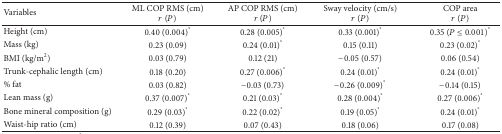
| Variables | ML COP RMS (cm)r (P) | AP COP RMS (cm)r (P) | Sway velocity (cm/s)r (P) | COP arear (P) |
 | --- | --- | --- | --- | --- |
 | Height (cm) | 0.40 (0.004)* | 0.28 (0.005)* | 0.33 (0.001)* | 0.35 (P ≤ 0.001)* |
 | Mass (kg) | 0.23 (0.09) | 0.24 (0.01)* | 0.15 (0.11) | 0.23 (0.02)* |
 | BMI (kg/m2) | 0.03 (0.79) | 0.12 (21) | −0.05 (0.57) | 0.06 (0.54) |
 | Trunk-cephalic length (cm) | 0.18 (0.20) | 0.27 (0.006)* | 0.24 (0.01)* | 0.24 (0.01)* |
 | % fat | 0.03 (0.82) | −0.03 (0.73) | −0.26 (0.009)* | −0.14 (0.15) |
 | Lean mass (g) | 0.37 (0.007)* | 0.21 (0.03)* | 0.28 (0.004)* | 0.27 (0.006)* |
 | Bone mineral composition (g) | 0.29 (0.03)* | 0.22 (0.02)* | 0.19 (0.05)* | 0.24 (0.01)* |
 | Waist-hip ratio (cm) | 0.12 (0.39) | 0.07 (0.43) | 0.18 (0.06) | 0.17 (0.08) |